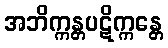
အဘိက္ကန္တပဋိက္ကန္တေ